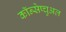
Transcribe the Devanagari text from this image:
कॉन्सेप्चुअल